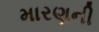
મારણની